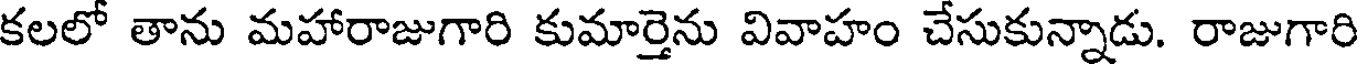
కలలో తాను మహారాజుగారి కుమార్తెను వివాహం చేసుకున్నాడు. రాజుగారి